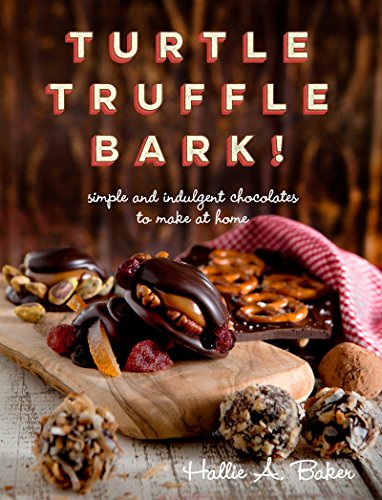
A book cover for Turtle, Truffle, Bark: Simple and Indulgent Chocolates to Make at Home; Hallie Baker; Cookbooks, Food & Wine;